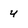
Character: 4